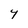
Character: Y